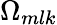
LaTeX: \Omega_{mlk}